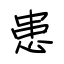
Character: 患